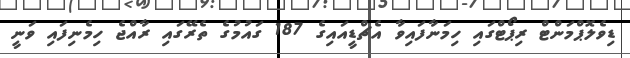
ޑިވެލޮޕްމަންޓް ރިޕޯޓްގައި ހިމަނާފައިވާ އެޗްޑީއައިގެ 187 ގައުމުގެ ތެރޭގައި ރާއްޖެ ހިމެނިފައި ވަނީ